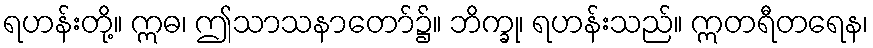
ရဟန်းတို့။ ဣဓ၊ ဤသာသနာတော်၌။ ဘိက္ခု၊ ရဟန်းသည်။ ဣတရီတရေန၊